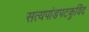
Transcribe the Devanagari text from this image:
सत्यपांडपटकुविंद